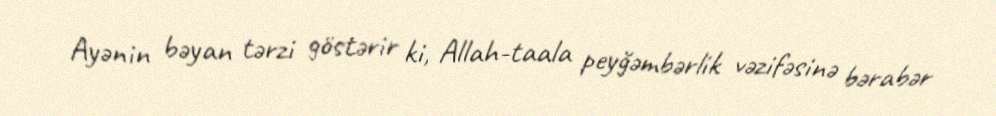
Ayənin bəyan tərzi göstərir ki, Allah-taala peyğəmbərlik vəzifəsinə bərabər